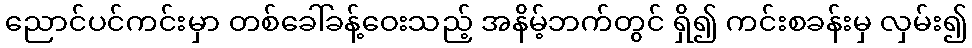
ညောင်ပင်ကင်းမှာ တစ်ခေါ်ခန့်ဝေးသည့် အနိမ့်ဘက်တွင် ရှိ၍ ကင်းစခန်းမှ လှမ်း၍